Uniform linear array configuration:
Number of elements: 64
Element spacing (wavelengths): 0.75
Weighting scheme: blackman
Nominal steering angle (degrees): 30
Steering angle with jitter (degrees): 28.949
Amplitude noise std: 0.05
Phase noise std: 0.05

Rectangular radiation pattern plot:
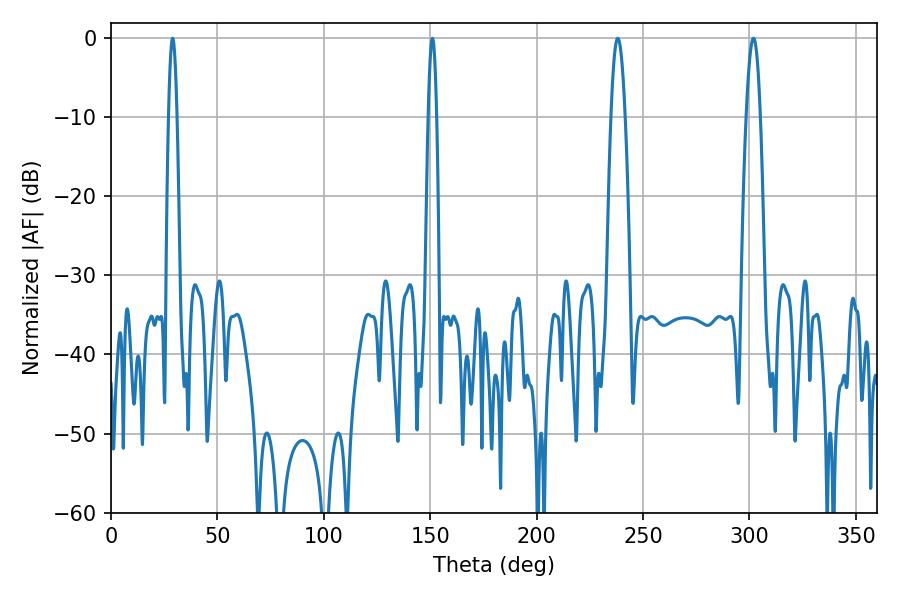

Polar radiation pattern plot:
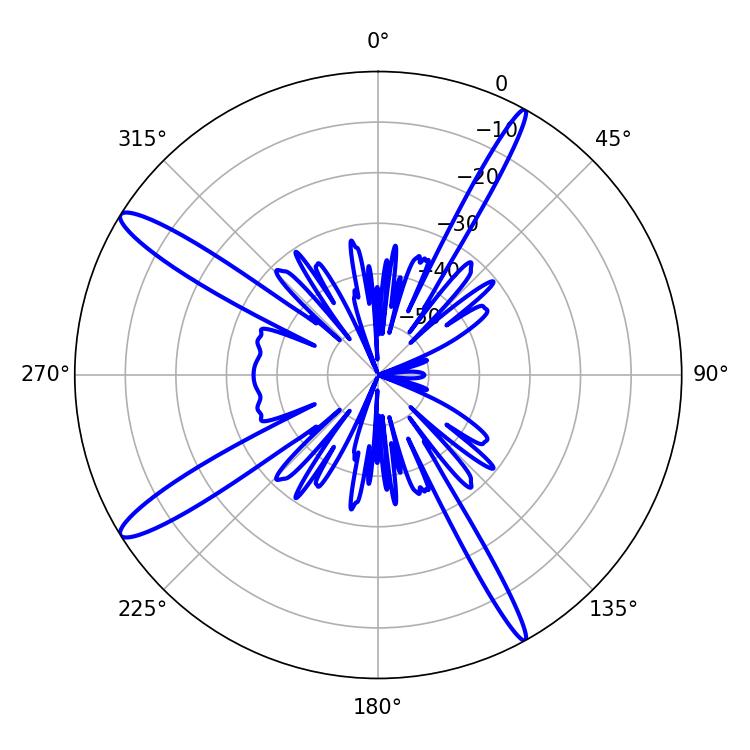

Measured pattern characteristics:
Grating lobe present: TRUE
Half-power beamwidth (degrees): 2.16
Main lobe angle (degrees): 28.98